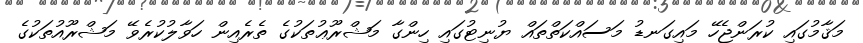
މަޤާމުގައި ކުރަންޖެހޭ މައިގަނޑު މަސައްކަތްތައް ޔުނިޓުގައި ހިންގާ މަޝްރޫޢުތަކުގެ ތެރެއިން ހަވާލުކުރެވޭ މަޝްރޫއުތަކުގެ